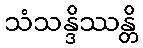
သံသန္ဒိဿန္တိ